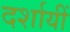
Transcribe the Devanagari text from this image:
दर्शायीं